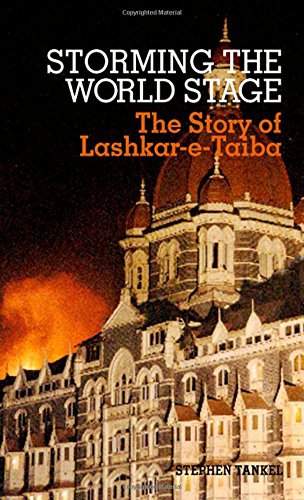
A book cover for Storming the World Stage: The Story of Lashkar-e-Taiba; Stephen Tankel; History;